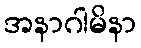
အနာဂါမိနာ